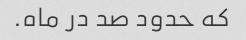
که حدود صد در ماه.